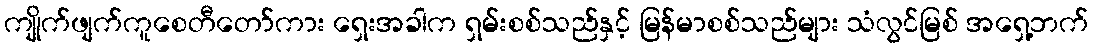
ကျိုက်ဖျက်ကူစေတီတော်ကား ရှေးအခါက ရှမ်းစစ်သည်နှင့် မြန်မာစစ်သည်များ သံလွင်မြစ် အရှေ့ဘက်